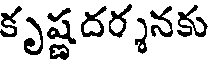
కృష్ణదర్శనకు